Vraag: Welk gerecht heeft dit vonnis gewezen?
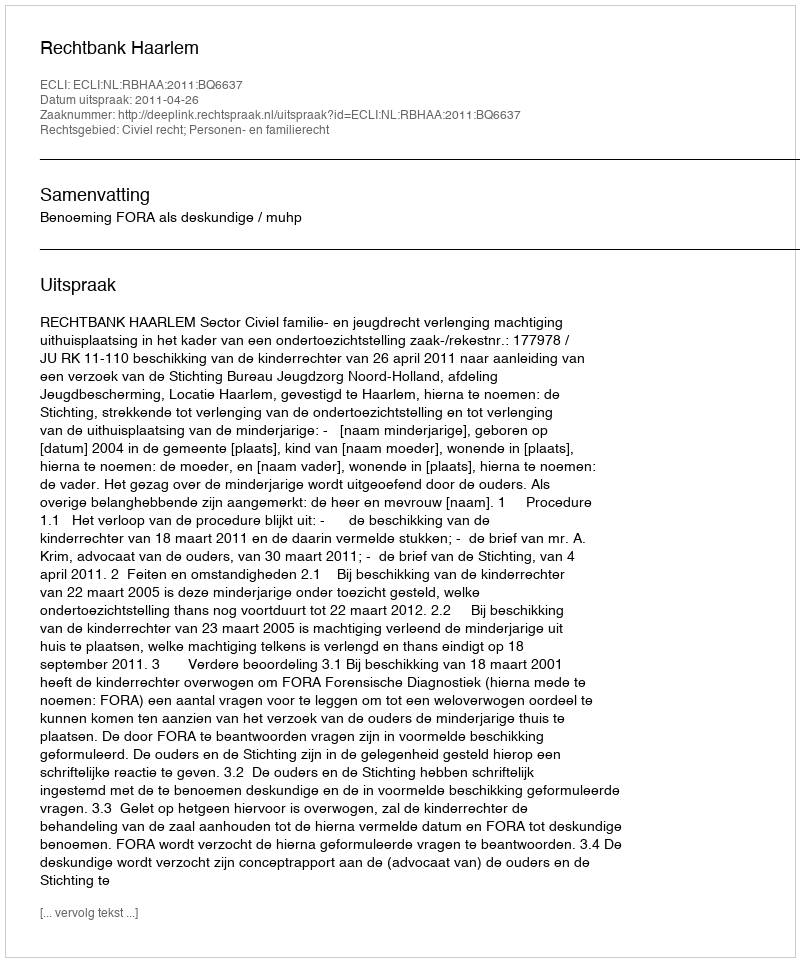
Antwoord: Rechtbank Haarlem